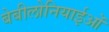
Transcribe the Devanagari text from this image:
बेबीलोनियाईओं